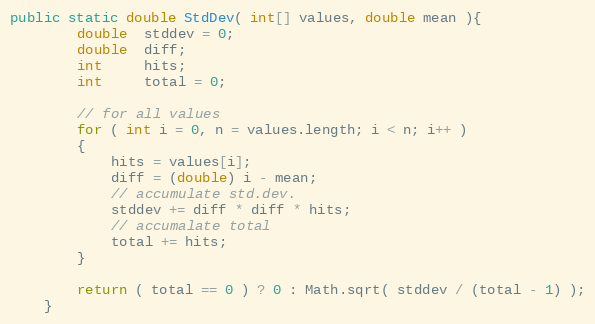
Language: Java
public static double StdDev( int[] values, double mean ){
        double  stddev = 0;
        double  diff;
        int     hits;
        int     total = 0;

        // for all values
        for ( int i = 0, n = values.length; i < n; i++ )
        {
            hits = values[i];
            diff = (double) i - mean;
            // accumulate std.dev.
            stddev += diff * diff * hits;
            // accumalate total
            total += hits;
        }

        return ( total == 0 ) ? 0 : Math.sqrt( stddev / (total - 1) );
    }